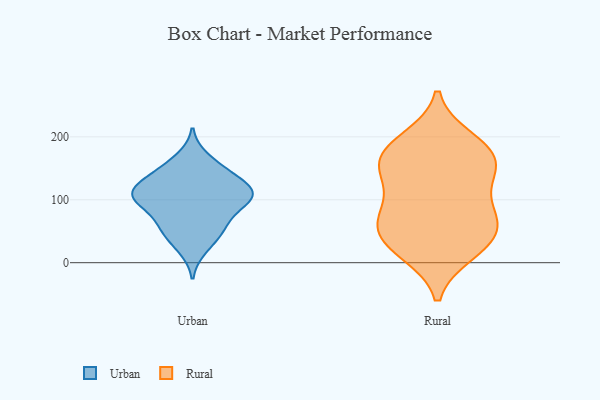
{"axis": {"x": "LTV (USD)", "y": "Value"}, "legend": ["Rural", "Urban"], "data": [{"x": "", "y": 166, "type": "Urban"}, {"x": "", "y": 109, "type": "Urban"}, {"x": "", "y": 143, "type": "Urban"}, {"x": "", "y": 120, "type": "Urban"}, {"x": "", "y": 97, "type": "Urban"}, {"x": "", "y": 104, "type": "Urban"}, {"x": "", "y": 147, "type": "Urban"}, {"x": "", "y": 42, "type": "Urban"}, {"x": "", "y": 95, "type": "Urban"}, {"x": "", "y": 110, "type": "Urban"}, {"x": "", "y": 58, "type": "Urban"}, {"x": "", "y": 100, "type": "Urban"}, {"x": "", "y": 133, "type": "Urban"}, {"x": "", "y": 22, "type": "Urban"}, {"x": "", "y": 54, "type": "Urban"}, {"x": "", "y": 68, "type": "Urban"}, {"x": "", "y": 115, "type": "Urban"}, {"x": "", "y": 78, "type": "Rural"}, {"x": "", "y": 115, "type": "Rural"}, {"x": "", "y": 170, "type": "Rural"}, {"x": "", "y": 82, "type": "Rural"}, {"x": "", "y": 189, "type": "Rural"}, {"x": "", "y": 60, "type": "Rural"}, {"x": "", "y": 165, "type": "Rural"}, {"x": "", "y": 61, "type": "Rural"}, {"x": "", "y": 16, "type": "Rural"}, {"x": "", "y": 18, "type": "Rural"}, {"x": "", "y": 35, "type": "Rural"}, {"x": "", "y": 47, "type": "Rural"}, {"x": "", "y": 160, "type": "Rural"}, {"x": "", "y": 152, "type": "Rural"}, {"x": "", "y": 196, "type": "Rural"}, {"x": "", "y": 136, "type": "Rural"}]}